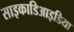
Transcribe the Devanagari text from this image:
साइकाडिआइडिया